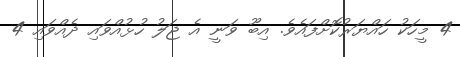
4 މީހަކު ހައްޔަރުކޮށްފައެވެ. އިބޫ ވަނީ އެ ޖަލު ހުޅުއްވައި ދެއްވައި 4